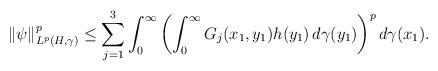
LaTeX: \begin{align*}\|\psi\|_{L^{p}(H,\gamma)}^{p}\leq\sum_{j=1}^3\int_{0}^{\infty}\left(\int_{0}^{\infty}G_{j}(x_{1},y_{1})h(y_{1})\,d\gamma(y_{1})\right)^{p}d\gamma(x_{1}).\end{align*}